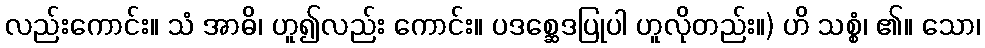
လည်းကောင်း။ သံ အာဓိ၊ ဟူ၍လည်း ကောင်း။ ပဒစ္ဆေဒပြုပါ ဟူလိုတည်း။) ဟိ သစ္စံ၊ ၏။ သော၊